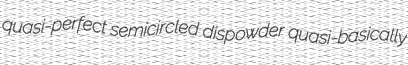
quasi-perfect semicircled dispowder quasi-basically